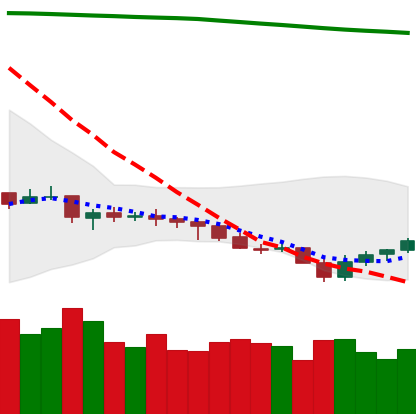
Ticker: NEO-USD
Chart end date: 2021-07-24
Forward return: 14.4%
Label: up_7plus